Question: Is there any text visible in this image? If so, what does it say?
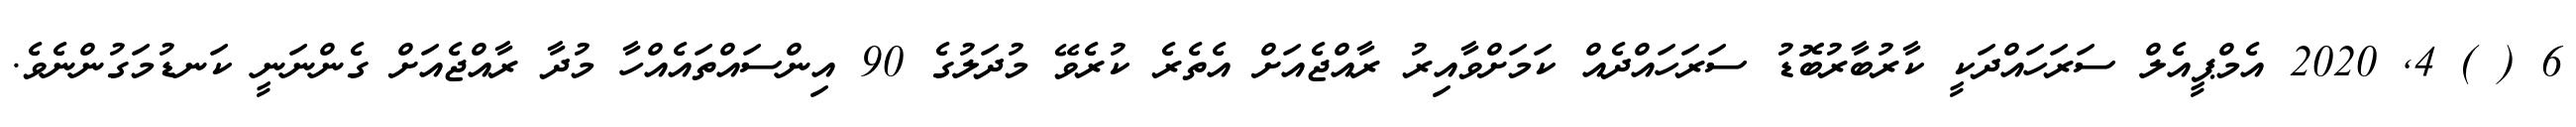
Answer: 6 ( ) 4, 2020 އެމްޕީއެލް ސަރަހައްދަކީ ކާރުބާރުބޮޑު ސަރަހައްދެއް ކަމަށްވާއިރު ރާއްޖެއަށް އެތެރެ ކުރެވޭ މުދަލުގެ 90 އިންސައްތައެއްހާ މުދާ ރާއްޖެއަށް ގެންނަނީ ކަނޑުމަގުންނެވެ.